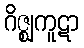
ဂိဇ္ဈကူဋာ